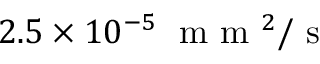
2 . 5 \times 1 0 ^ { - 5 } \; \mathrm { ~ m ~ m ~ } ^ { 2 } / \mathrm { ~ s ~ }